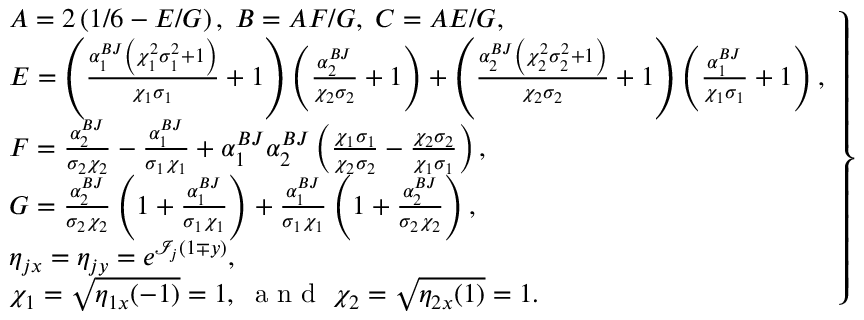
\begin{array} { r } { \left. \begin{array} { r l } { \centering } & { A = 2 \left( 1 / 6 - E / G \right) , \; B = A F / G , \; C = A E / G , } \\ & { E = \left( \frac { \alpha _ { 1 } ^ { B J } \left( \chi _ { 1 } ^ { 2 } \sigma _ { 1 } ^ { 2 } + 1 \right) } { \chi _ { 1 } \sigma _ { 1 } } + 1 \right) \left( \frac { \alpha _ { 2 } ^ { B J } } { \chi _ { 2 } \sigma _ { 2 } } + 1 \right) + \left( \frac { \alpha _ { 2 } ^ { B J } \left( \chi _ { 2 } ^ { 2 } \sigma _ { 2 } ^ { 2 } + 1 \right) } { \chi _ { 2 } \sigma _ { 2 } } + 1 \right) \left( \frac { \alpha _ { 1 } ^ { B J } } { \chi _ { 1 } \sigma _ { 1 } } + 1 \right) , } \\ & { F = \frac { \alpha _ { 2 } ^ { B J } } { \sigma _ { 2 } \chi _ { 2 } } - \frac { \alpha _ { 1 } ^ { B J } } { \sigma _ { 1 } \chi _ { 1 } } + \alpha _ { 1 } ^ { B J } \alpha _ { 2 } ^ { B J } \left( \frac { \chi _ { 1 } \sigma _ { 1 } } { \chi _ { 2 } \sigma _ { 2 } } - \frac { \chi _ { 2 } \sigma _ { 2 } } { \chi _ { 1 } \sigma _ { 1 } } \right) , } \\ & { G = \frac { \alpha _ { 2 } ^ { B J } } { \sigma _ { 2 } \chi _ { 2 } } \left( 1 + \frac { \alpha _ { 1 } ^ { B J } } { \sigma _ { 1 } \chi _ { 1 } } \right) + \frac { \alpha _ { 1 } ^ { B J } } { \sigma _ { 1 } \chi _ { 1 } } \left( 1 + \frac { \alpha _ { 2 } ^ { B J } } { \sigma _ { 2 } \chi _ { 2 } } \right) , } \\ & { \eta _ { j x } = \eta _ { j y } = e ^ { \mathcal { I } _ { j } ( 1 \mp y ) } , } \\ & { \chi _ { 1 } = \sqrt { \eta _ { 1 x } ( - 1 ) } = 1 , \; \textnormal { a n d } \; \chi _ { 2 } = \sqrt { \eta _ { 2 x } ( 1 ) } = 1 . } \end{array} \right\} } \end{array}